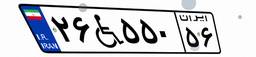
۷۰W۴۹۸۱۱